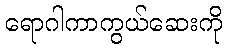
ရောဂါကာကွယ်ဆေးကို